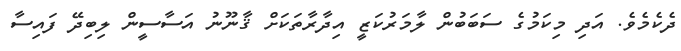
ދެކެމެވެ. އަދި މިކަމުގެ ސަބަބުން ލާމަރުކަޒީ އިދާރާތަކަށް ޤާނޫނު އަސާސީން ލިބިދޭ ފައިސާ